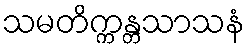
သမတိက္ကန္တသာသနံ